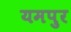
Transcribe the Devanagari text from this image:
यमपुर